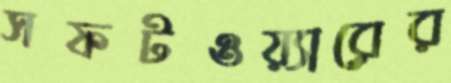
সফটওয়্যারের